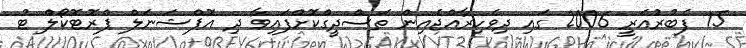
15 ފެބުރުއަރީ 2006 ގައި ދިވެހިރާއްޖެއިން ތަސްދީގްކޮށްފައިވާ ދި އޮޕްޝަނަލް ޕްރޮޓޮކޯލް ޓު